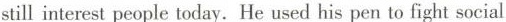
still interest people today. He used his pen to fight social